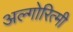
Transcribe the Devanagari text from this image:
अल्गोरित्मी